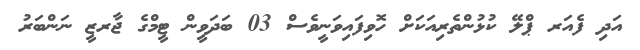
އަދި ފެއަރ ޕްލޭ ކުޅުންތެރިއަކަށް ހޮވިފައިވަނީވެސް 03 ބަދަވީން ޓީމްގެ ޖާރޒީ ނަންބަރު